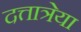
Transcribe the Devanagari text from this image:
दत्तात्रेया